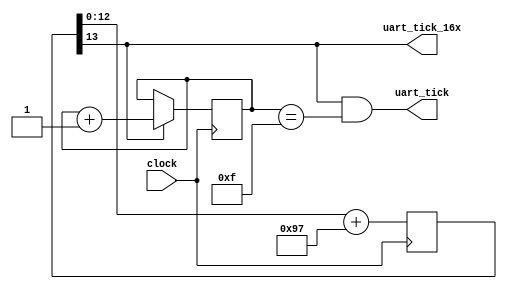
`timescale 1ns / 1ps
/*
 * Project      : University of Utah, XUM Project MIPS32 core
 * Creator(s)   : Grant Ayers (ayers@cs.utah.edu)
 *
 * Modification History:
 *   Rev   Date         Initials  Description of Change
 *   1.0   24-May-2010  GEA       Initial design.
 *
 * Standards/Formatting:
 *   Verilog 2001, 4 soft tab, wide column.
 *
 * Description:
 *   Takes a 100 MHz clock and generates synchronous pulses for 115200 baud
 *   and 16x 115200 baud (synchronized).
 *
 *   This timing can be adjusted to allow for other baud rates.
 */
module uart_clock(
    input clock,
    output uart_tick,
    output uart_tick_16x
    );

    // 100MHz / (2^13 / 151) == 16 * 115203.857 Hz
    // 100MHz / (2^17 / 151) == 115203.857 Hz
    //  66MHz / (2^14 / 453) == 16 * 115203.857 Hz
    //  66MHz / (2^18 / 453) == 115203.857 Hz
    
/*
    // 66 MHz version
    reg [14:0] accumulator = 15'h0000;
    always @(posedge clock) begin
        accumulator <= accumulator[13:0] + 15'd453;
    end
    assign uart_tick_16x = accumulator[14];
*/

    // 100 MHz version
    reg [13:0] accumulator = 14'h0000;
    always @(posedge clock) begin
        accumulator <= accumulator[12:0] + 14'd151;
    end
    assign uart_tick_16x = accumulator[13];


    //------------------------------
    reg [3:0] uart_16x_count = 4'h0;
    always @(posedge clock) begin
        uart_16x_count <= (uart_tick_16x) ? uart_16x_count + 1'b1 : uart_16x_count;
    end
    assign uart_tick = (uart_tick_16x==1'b1 && (uart_16x_count == 4'b1111));
    
endmodule